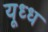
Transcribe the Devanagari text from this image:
यूध्ध